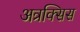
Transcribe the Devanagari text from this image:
अत्रक्सिस